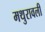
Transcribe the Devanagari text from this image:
मथुरावली